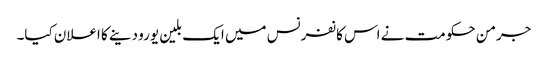
جرمن حکومت نے اس کانفرنس میں ایک بلین یورو دینے کا اعلان کیا۔